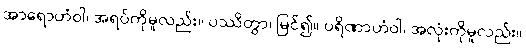
အာရောဟံဝါ၊ အရပ်ကိုမူလည်း။ ပဿိတွာ၊ မြင်၍။ ပရိဏာဟံဝါ၊ အလုံးကိုမူလည်း။